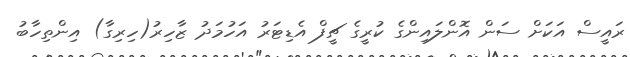
ރައީސް އަކަށް ސަން އޮންލައިންގެ ކުރީގެ ޗީފް އެޑިޓަރު އަހުމަދު ޒާހިރު(ހިރިގާ) އިންތިހާބު